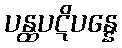
ပန္ထပဋိပန္နေ